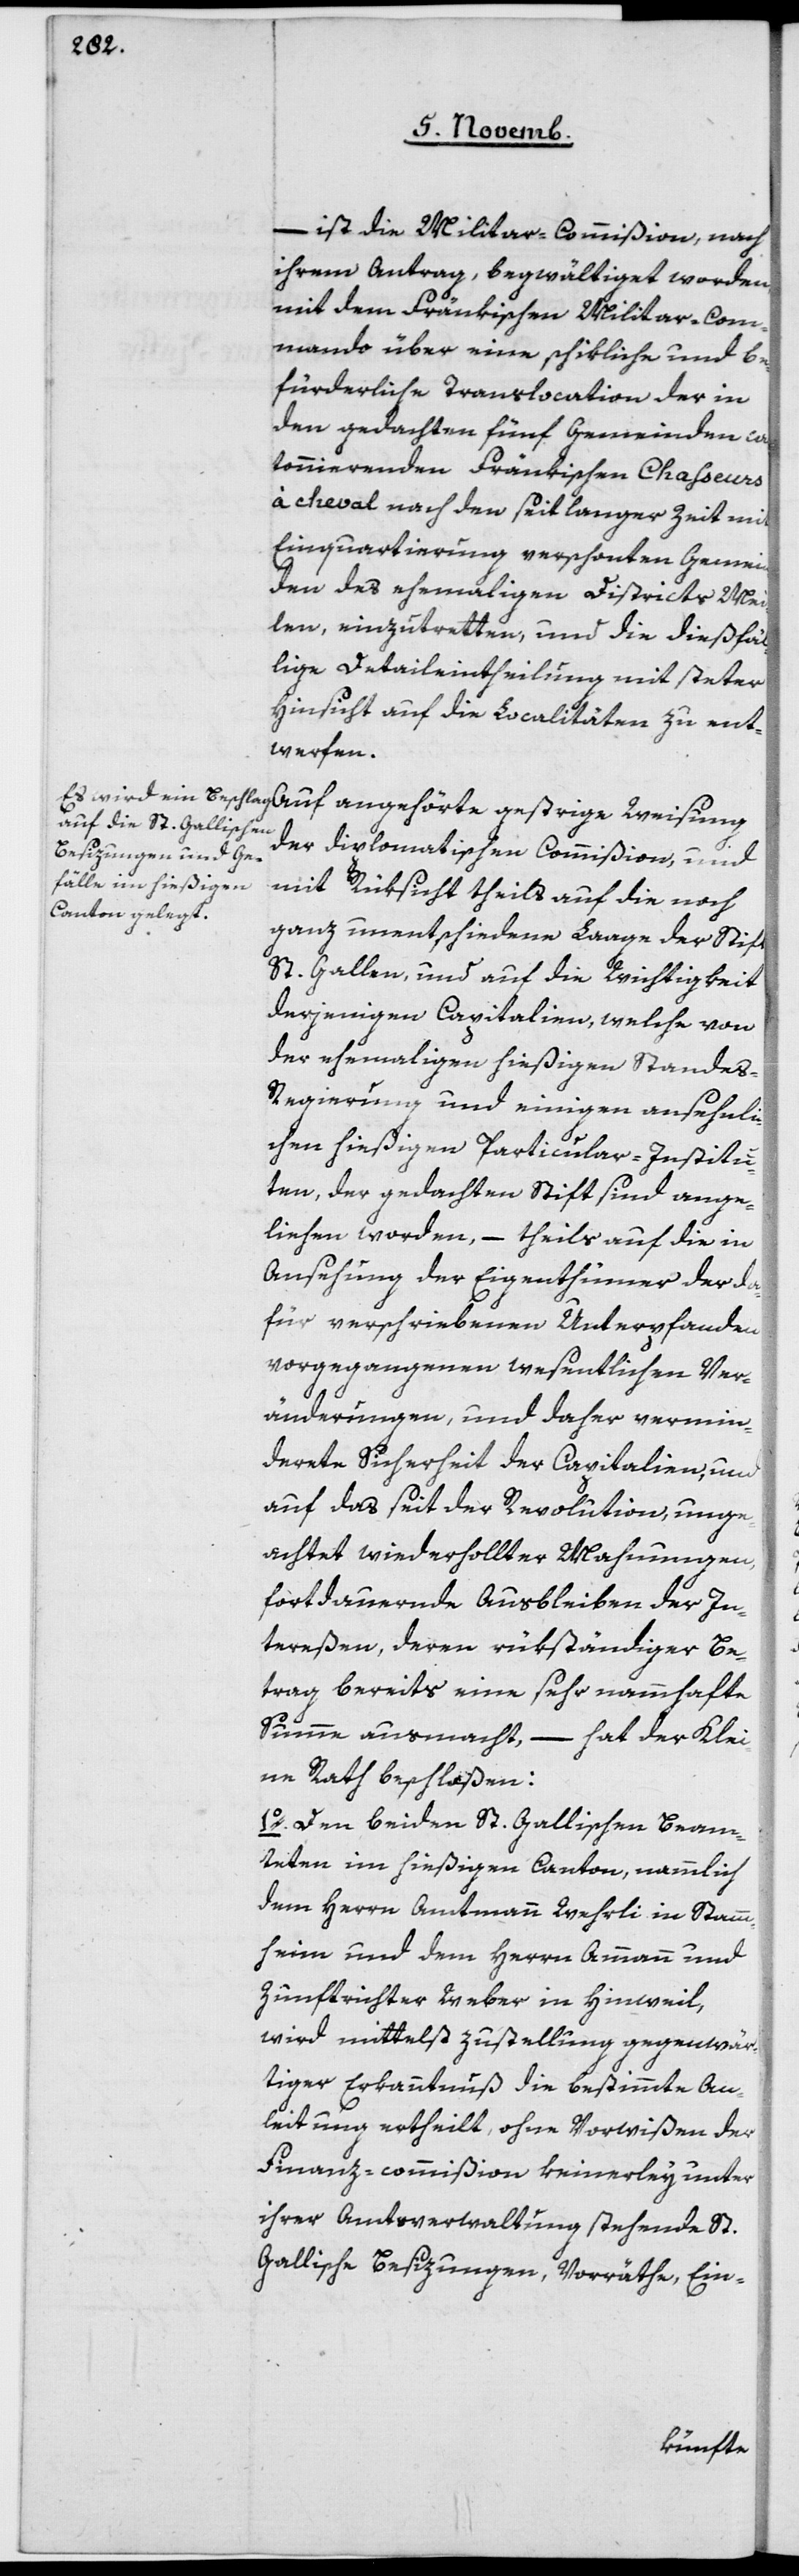
– ist die Militar-Commißion, nach
ihrem Antrag, begwältiget worden,
mit dem Fränkischen Miliar-Com¬
mando über eine schikliche und be¬
fürderliche Translocation der in
den gedachten fünf Gemeinden can¬
tonnierenden Fränkischen Chasseurs
cheval nach den seit langer Zeit mit
Einquartierung verschonten Gemein¬
den des ehemaligen Districts Mei¬
len einzutretten, und die dießfäl¬
lige Detaileintheilung mit steter
Hinsicht auf die Localitäten zu ent¬
werfen.
der diplomatischen Commißion, und
mitRüksicht theils auf die noch
ganz unentschiedene Laage der Stift
St. Gallen und auf die Wichtigkeit
derjenigen Capitalien, welche von
der ehemaligen hießigen Standes-R¬
egierung und einigen ansehnli¬
chen hießigen Particular-Institu¬
ten, der gedachten Stift sind ange¬
liehen worden, – theils auf die in
Ansehung der Eigenthümer der da¬
für vorgeschriebenen Unterpfanden
vorgegangenen wesentlichen Ver¬
änderungen, und daher vermin¬
derte Sicherheit der Capitalien, und
auf das seit der Revolution unge¬
achtet wiederhollter Mahnungen,
fortdauernde Ausbleiben der In¬
tereßen, deren rükständiger Be¬
trag bereits eine sehr nammafte
Summe ausmacht, – hat der Klei¬
ne Rath beschloßen:
1o Den beiden St. Gallischen Beam¬
teten im hießigen Canton, nämmlich
dem Herrn Amtmann Wehrli in Stamm¬
heim und dem Herrn Ammann und
Zunftrichter Weber in Hinweil,
wird mittelst Zustellung gegenwär¬
tiger Erkanntnuß die bestimmte An¬
leitung ertheilt, ohne Vorwißen der
Finanz-commißion keinerley unter
ihrer Amstverwaltung stehende St.
Gallische Besizungen, Vorräthe, Ein-